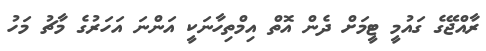
ރާއްޖޭގެ ގައުމީ ޓީމަށް ދެން އޮތް އިމްތިހާނަކީ އަންނަ އަހަރުގެ މާޗު މަހު